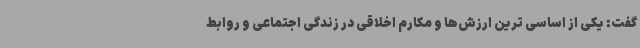
گفت: یکی از اساسی ترین ارزش‌ها و مکارم اخلاقی در زندگی اجتماعی و روابط